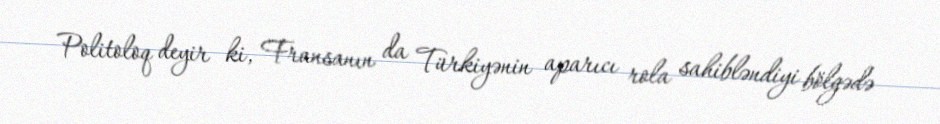
Politoloq deyir ki, Fransanın da Türkiyənin aparıcı rola sahibləndiyi bölgədə